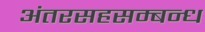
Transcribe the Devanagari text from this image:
अंतरसहसम्बन्ध